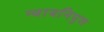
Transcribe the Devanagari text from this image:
न्यायनिपुण